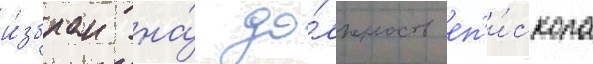
и́збран на́ до́лжность еп'и́скопа